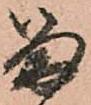
留